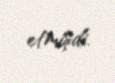
etmişdi.